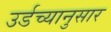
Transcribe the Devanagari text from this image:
उर्डच्यानुसार